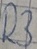
Text: R3